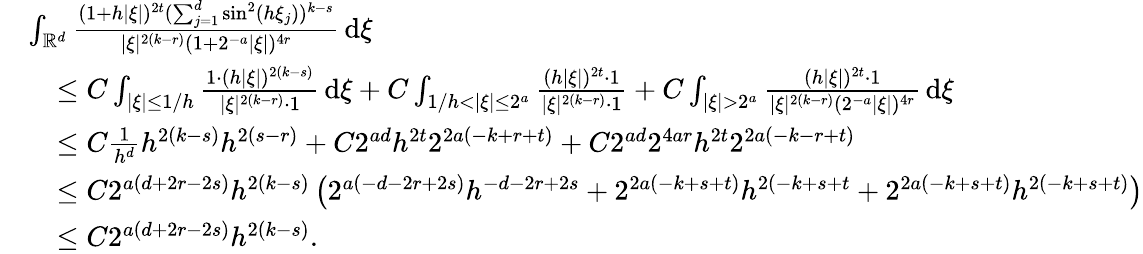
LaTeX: \begin{array}{rl}&{\int_{\mathbb{R}^{d}}\frac{(1+h|\xi|)^{2t}(\sum_{j=1}^{d}\sin^{2}(h\xi_{j}))^{k-s}}{|\xi|^{2(k-r)}(1+2^{-a}|\xi|)^{4r}}\, \mathrm{d}\xi}\\ &{\quad\le C\int_{|\xi|\le 1/h}\frac{1\cdot(h|\xi|)^{2(k-s)}}{|\xi|^{2(k-r)}\cdot 1}\, \mathrm{d}\xi+C\int_{1/h<|\xi|\le 2^{a}}\frac{(h|\xi|)^{2t}\cdot 1}{|\xi|^{2(k-r)}\cdot 1}+C\int_{|\xi|>2^{a}}\frac{(h|\xi|)^{2t}\cdot 1}{|\xi|^{2(k-r)}(2^{-a}|\xi|)^{4r}}\, \mathrm{d}\xi}\\ &{\quad\le C\frac{1}{h^{d}}h^{2(k-s)}h^{2(s-r)}+C2^{ad}h^{2t}2^{2a(-k+r+t)}+C2^{ad}2^{4ar}h^{2t}2^{2a(-k-r+t)}}\\ &{\quad\le C2^{a(d+2r-2s)}h^{2(k-s)}\left(2^{a(-d-2r+2s)}h^{-d-2r+2s}+2^{2a(-k+s+t)}h^{2(-k+s+t}+2^{2a(-k+s+t)}h^{2(-k+s+t)}\right)}\\ &{\quad\le C2^{a(d+2r-2s)}h^{2(k-s)}.}\end{array}